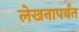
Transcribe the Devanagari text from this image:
लेखनापर्यंत